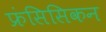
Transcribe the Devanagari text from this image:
फ्रंसिसिकन